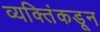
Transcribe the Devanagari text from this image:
व्यक्तिंकडून